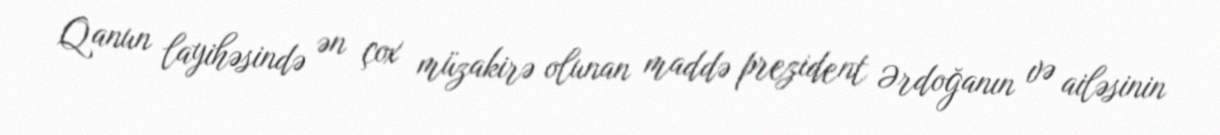
Qanun layihəsində ən çox müzakirə olunan maddə prezident Ərdoğanın və ailəsinin